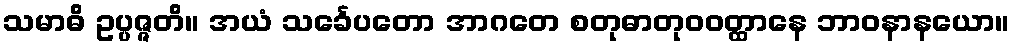
သမာဓိ ဥပ္ပဇ္ဇတိ။ အယံ သင်္ခေပတော အာဂတေ စတုဓာတုဝဝတ္ထာနေ ဘာဝနာနယော။